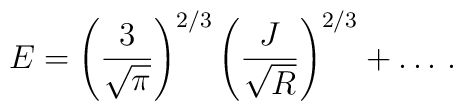
E=\left(\frac{3}{\sqrt{\pi}}\right)^{2/3}\left(\frac{J}{\sqrt{R}}\right)^{2/3}+\ldots\,.